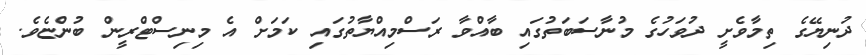
ދުނިޔޭގެ ތިމާވެށީ ދުވަހުގެ މުނާސަބަތުގައި ބާއްވާ ރަސްމިއްޔާތުގައި ކަމަށް އެ މިނިސްޓްރީން ބުންޏެވެ.